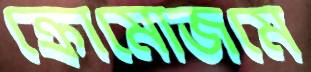
ক্রোমোজমে